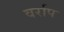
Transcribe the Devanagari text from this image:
वर्राप